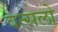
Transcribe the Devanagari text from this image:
वत्सलो